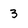
Character: 3